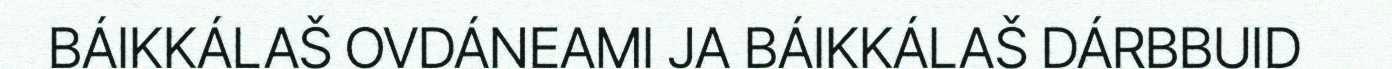
BÁIKKÁLAŠ OVDÁNEAMI JA BÁIKKÁLAŠ DÁRBBUID